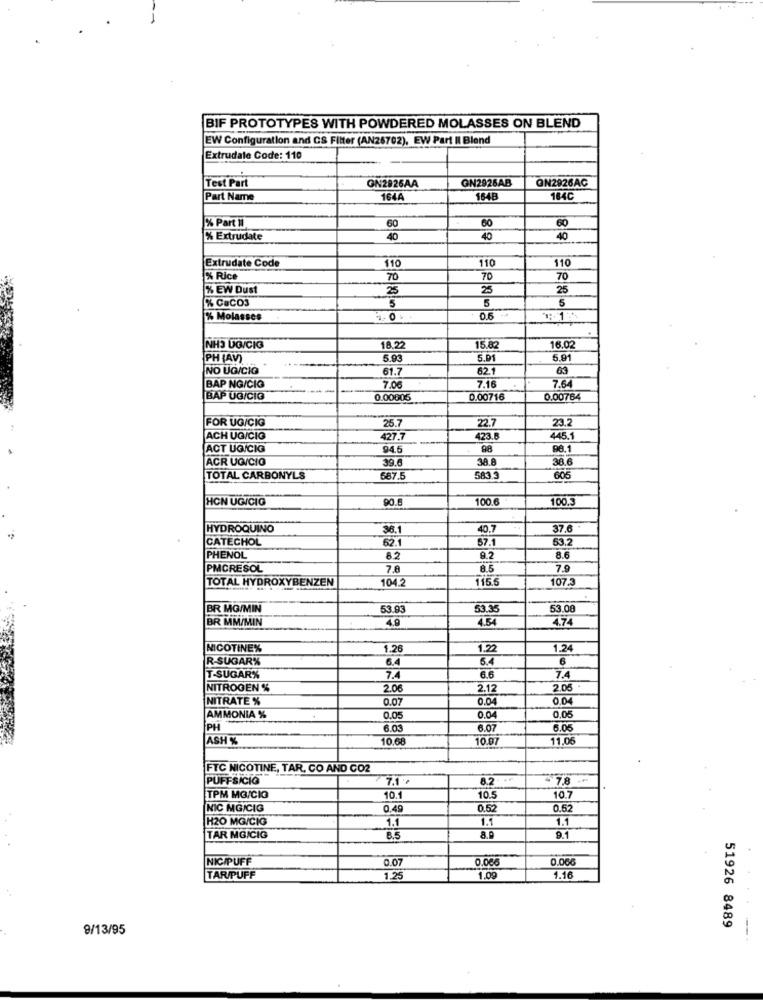
BIF PROTOTYPES WITH POWDERED MOLASSES ON BLEND
EW Configuration and CS Filter (AN26702), EW Part II Blend
Extrudate Code: 110
Test Part
GN2928AB
GN2926AC
GN2926AA
Part Name
1644
164B
164C
60
60
60
% Part ii
% Extrudate
40
40
40
Extrudate Code
110
110
110
% Rice
70
70
70
% EW Dust
25
25
25
% CaCO3
5
5
% Molasses
O
0.6 +
NH3 UG/CIG
182
15.82
16.02
PH (AV)
5.93
5.01
5.91
NO UG/CIO
61.7
62.1
63
7.16
7.64
BAP NG/CIO
7.00
BAP UG/CIO
0.00005
0.00716
0.00764
FOR UG/CIG
25.7
22.7
23.2
ACH UG/CIO
427.7
423.
445.1
ACT UG/CIG
94.5
98
98.1
ACR UG/CIO
39.6
38.8
38.6
TOTAL CARBONYLS
587.5
583.3
605
HON UGICIG
90.6
100.
100.
HYDROQUINO
36.1
40.7
37.6
CATECHOL
62.
57.1
53.2
PHENOL
9.2
8.6
PMCRESOL
7.8
8.5
7.9
TOTAL HYDROXYBENZEN
104.2
115
107.
BR MG/MIN
53.93
53.3
53.00
BR MM/MIN
4.9
4.54
4.74
NICOTINE%
1.26
1.22
1.24
R-SUGAR%
6.4
5.4
6
T-SUGAR%
7.4
6.6
7.4
NITROGEN %
2.06
2.12
2.05
NITRATE %
0.07
0.04
0.04
0.04
0.05
AMMONIA %
0.05
PH
6.03
6.07
6.05
ASH %
10.6
10.07
11.0€
FTC NICOTINE, TAR, CO AND CO2
PUFFSICIÓ
7.1.
8.2.
- 7.8 ."
TPM MG/CIO
10.1
10.5
10.7
NIC MG/CIG
0.49
0.52
0.52
H20 MG/CIG
1.1
1.1
1.1
TAR MGICIG
8.5
8.9
9.1
NIC/PUFF
0.07
0.066
0.066
TAR/PUFF
1.25
1.09
1.16
51926 8489
9/13/95